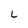
Character: L